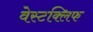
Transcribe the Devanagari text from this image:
वेस्टक्लिफ